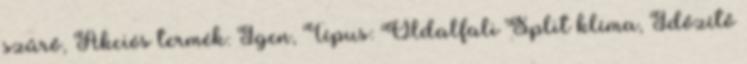
szűrő, Akciós termék: Igen, Típus: Oldalfali Split klíma, Időzítő